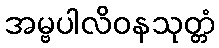
အမ္ဗပါလိဝနသုတ္တံ